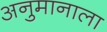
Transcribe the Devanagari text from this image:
अनुमानाला